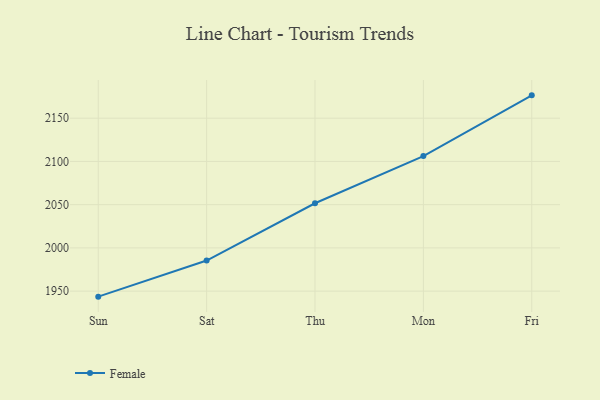
{"axis": {"x": "Day", "y": "Humidity (%)"}, "legend": ["Female"], "data": [{"x": "Sun", "y": 1943.6, "type": "Female"}, {"x": "Sat", "y": 1985.4, "type": "Female"}, {"x": "Thu", "y": 2051.6, "type": "Female"}, {"x": "Mon", "y": 2106.2, "type": "Female"}, {"x": "Fri", "y": 2176.4, "type": "Female"}]}